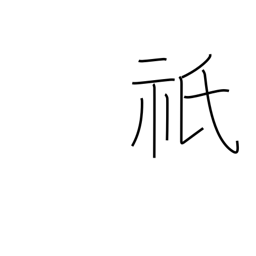
Meaning: great